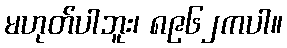
မဟုတ်ပါဘူး၊ ၈၉၆၂ကပါ။